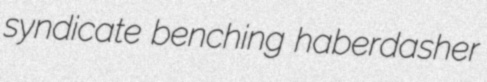
syndicate benching haberdasher